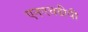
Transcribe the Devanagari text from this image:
एनएचडीपी